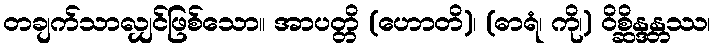
တချက်သာလျှင်ဖြစ်သော။ အာပတ္တိ (ဟောတိ)၊ (ဓာရံ၊ ကို၊) ဝိစ္ဆိန္ဒန္တဿ၊